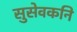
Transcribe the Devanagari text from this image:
सुसेवकनि